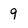
Character: 9